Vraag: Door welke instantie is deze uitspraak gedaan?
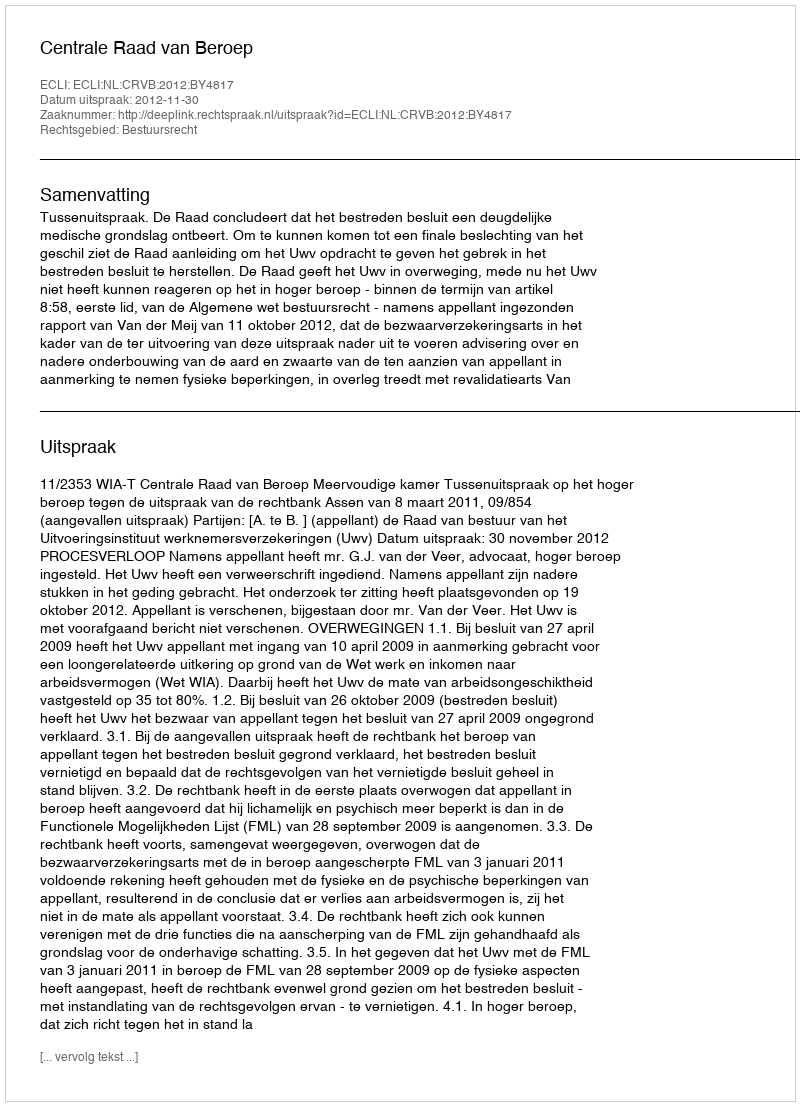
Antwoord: Centrale Raad van Beroep